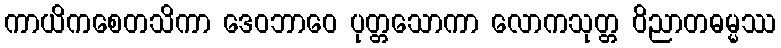
ကာယိကစေတသိကာ ဒေဝဘာဝေ ပုတ္တသောကာ လောကသုတ္တ ဝိညာတဓမ္မဿ